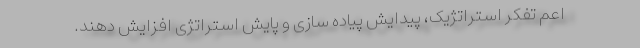
اعم تفکر استراتژیک، پیدایش پیاده سازی و پایش استراتژی افزایش دهند.